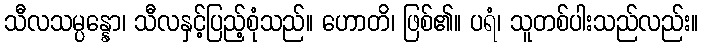
သီလသမ္ပန္နော၊ သီလနှင့်ပြည့်စုံသည်။ ဟောတိ၊ ဖြစ်၏။ ပရံ၊ သူတစ်ပါးသည်လည်း။